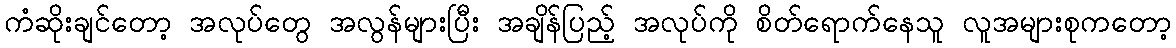
ကံဆိုးချင်တော့ အလုပ်တွေ အလွန်များပြီး အချိန်ပြည့် အလုပ်ကို စိတ်ရောက်နေသူ လူအများစုကတော့